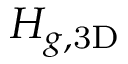
H _ { g , \mathrm { 3 D } }